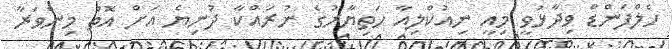
ހެލްފަންޑް ވިދާޅުވީ މިއީ ނިއުކްލިއާ ހަތިޔާރުގެ ނުރައްކާ ދުނިޔެ އަށް އޮތް މިންވަރާ